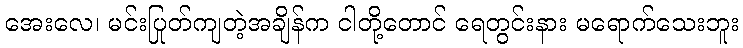
အေးလေ၊ မင်းပြုတ်ကျတဲ့အချိန်က ငါတို့တောင် ရေတွင်းနား မရောက်သေးဘူး